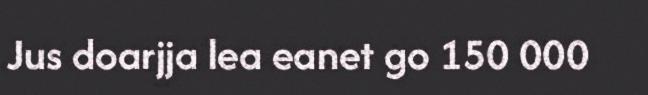
Jus doarjja lea eanet go 150 000